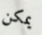
يمكن